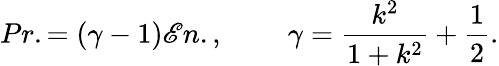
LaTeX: Pr.=(\gamma-1)\mathscr{E}n.,\; \; \; \; \; \; \; \; \gamma=\frac{{k^{2}}}{{1+k^{2}}}+\frac{{1}}{{2}}.